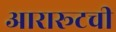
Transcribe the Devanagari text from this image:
आरारूटची